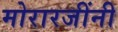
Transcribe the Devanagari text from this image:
मोरारजींनी